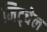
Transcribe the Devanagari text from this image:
मिट्चेल